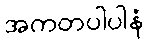
အကတပါပါနံ